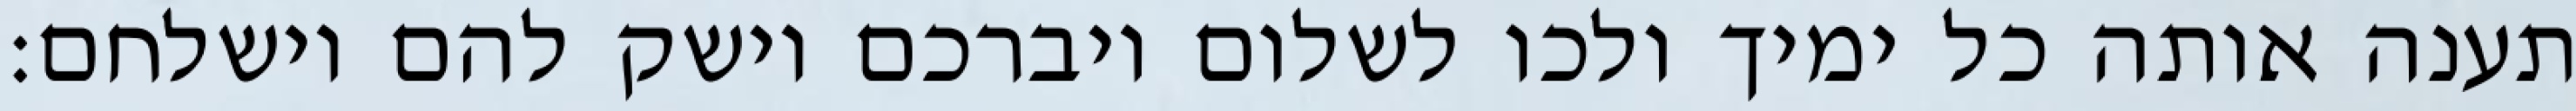
תענה אותה כל ימיך ולכו לשלום ויברכם וישק להם וישלחם: